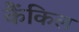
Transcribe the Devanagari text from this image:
कैंकिल